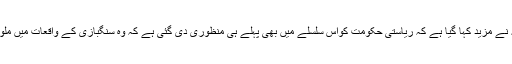
ایسے میں مرکزی وزیر داخلہ نے مزید کہا گیا ہے کہ ریاستی حکومت کواس سلسلے میں بھی پہلے ہی منظوری دی گئی ہے کہ وہ سنگبازی کے واقعات میں ملوث طلباء کو فائدہ مل سکا ہے۔